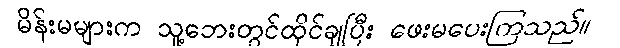
မိန်းမများက သူ့ဘေးတွင်ထိုင်ချပြီး ဖေးမပေးကြသည်။